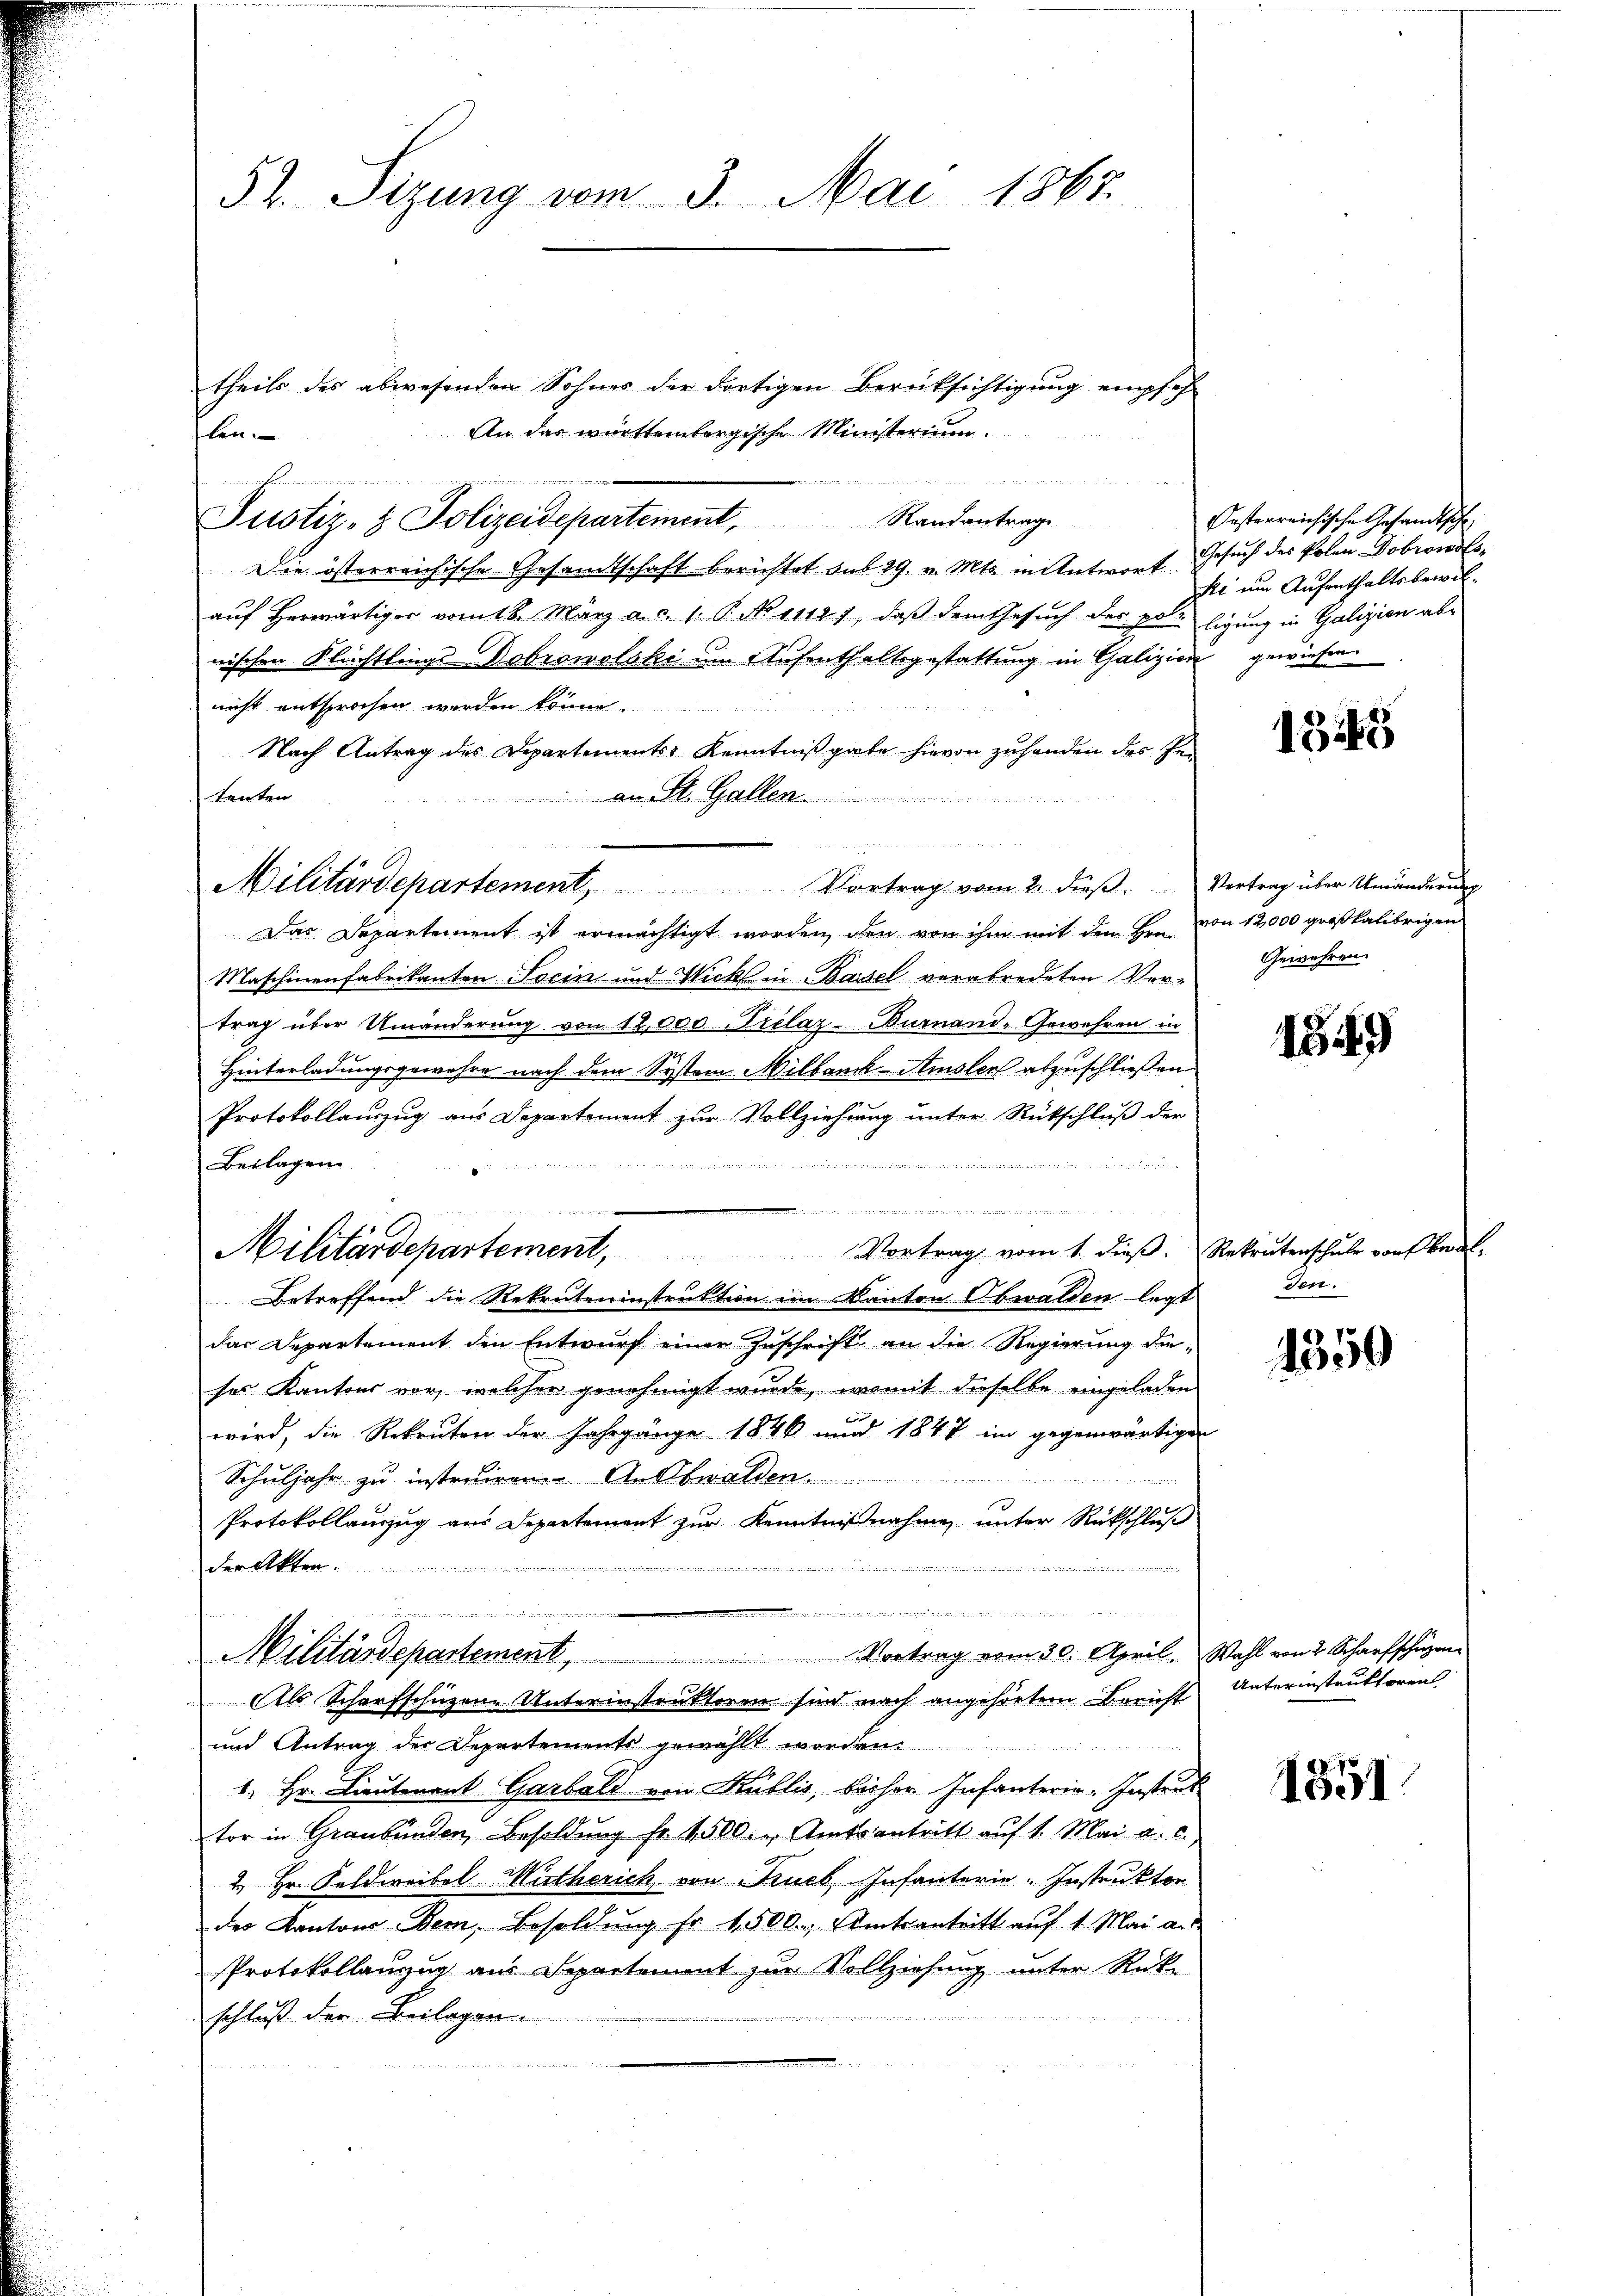
52. Sizung vom 3. Mai 1867.

theils des abwesenden Sohnes der dortigen Berüksichtigung empfeh-
An das württembergische Ministerium.
Justiz- & Polizeidepartement, Randantrage
Die österreichische Gesamtschaft berichtet sub 29. v. Mts. in Antwort
auf herwärtiger vom 18. März a. c. 1. P. No 11127, daß dem Gesuch der polnischen Flüchtlings-Dobrowolski um Aufenthaltsgestattung in Galizien
nicht entsprochen werden könne.
Nach Antrag des Departements Kenntnißgabe hievon zuhanden des Pe¬
An St. Gallen
tenten

Militärdepartement, Vortrag vom 2. dieβ.
Das Departement ist ermächtigt worden, den von ihm mit dem Hrn. von 12,000 großkalibrigen
Maschinenfabrikanten Socin und Wicht in Bassel verabredeten Vertrag über Umänderung von 12,000 Arelaz-Burnand-Gewehren in
Hinterladungsgewehre nach dem System Milbau-Amsler abzuschließen
Protokollauszug aus Departement zur Vollziehung unter Rückschluß der

Beilagen
e
Betreffend die Rekruteninstruktion im Kanton Obwalden legt den
das Departement den Entwurf einer Zuschrift an die Regierung dieses Kantons vor, welcher genehmigt wurde, womit dieselbe eingeladen
wird, die Rekruten der Jahrgänge 1846 und 1847 im gegenwärtigen
Schuljahr zu instruiren Auswalden
Protokollauszug aus Departement zur Kenntnißnahmen unter Rückschluß
n
der Akten.

.
.
Militärdepartement, Vortrag vom 30. April.
Als Schorfschüzene Unterinstruktoren sind nach angehörtem Bericht
und Antrag der Departements gewählt worden.
1. Hr. Lieutenant Garbald von Kublis, bisher Infanterie-Instrud
tor in Graubünden, Besoldung fr. 4500. r. Amtsantritt auf 1. Mai a. c.)
2. Hr. Feldweibel Wirtherich, von Fruch Infanterie-Instruktor
des Kantons Bern, Besoldung fr. 1500., Amtsantritt auf 1. Mai a.c.
Protokollanzug aus Separtement zur Vollziehung unter Rück-
verheit de
schluss der Beilagen.

len.
 einem

Militärdepartement, Vortrag vom 1. dieβ.

Oesterreichische Gesandtsche
Gesuch des Polen Dobrows
ki um Aufenthaltsbewilligung in Galizien abgewiesen.

145

Vertrag über Umänderung
Gewähren.

1349)

Rekrutenschule von Beal.

1350

Wahl von 2 Scharfschüzen
Unterinstruktoren

1851